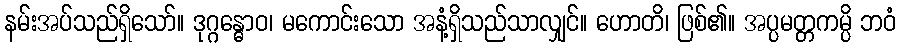
နမ်းအပ်သည်ရှိသော်။ ဒုဂ္ဂန္ဓောဝ၊ မကောင်းသော အနံ့ရှိသည်သာလျှင်။ ဟောတိ၊ ဖြစ်၏။ အပ္ပမတ္တကမ္ပိ ဘဝံ